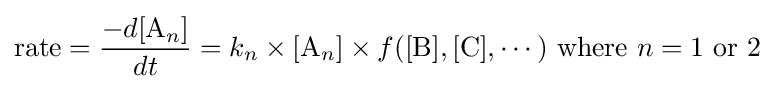
{\text{rate}}={-d[{\ce {A}}_{n}] \over dt}=k_{n}\times [{\ce {A}}_{n}]\times f([{\ce {B}}],[{\ce {C}}],\cdots ){\text{ where }}n=1{\text{ or }}2